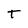
Character: T